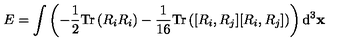
E = \int \left( - \frac { 1 } { 2 } \mathrm { T r } \left( R _ { i } R _ { i } \right) - \frac { 1 } { 1 6 } \mathrm { T r } \left( [ R _ { i } , R _ { j } ] [ R _ { i } , R _ { j } ] \right) \right) \mathrm { d } ^ { 3 } { \bf x }